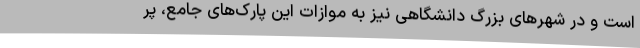
است و در شهرهای بزرگ دانشگاهی نیز به موازات این پارک‌های جامع، پر